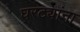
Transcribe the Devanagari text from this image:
घरट्यांना